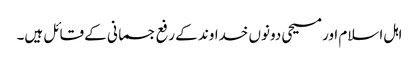
اہل اسلام اور مسیحی دونوں خداوند کے رفع جسمانی کے قائل ہیں۔